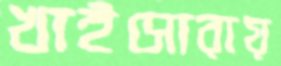
খাইসোরায়